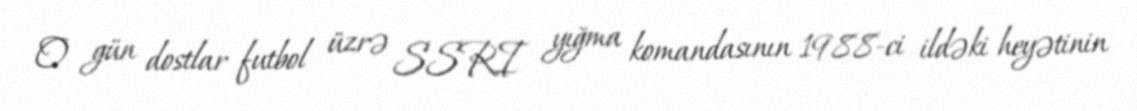
O gün dostlar futbol üzrə SSRI yığma komandasının 1988-ci ildəki heyətinin